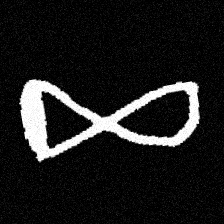
Pyu character \u2014 Myanmar letter: ဆ (romanized: cha)